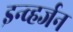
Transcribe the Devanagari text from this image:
इन्व्हर्जन